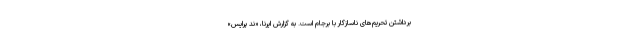
برداشتن تحریم‌های ناسازگار با برجام است. به گزارش ایرنا، «ند پرایس»